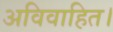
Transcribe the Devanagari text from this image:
अविवाहित।